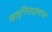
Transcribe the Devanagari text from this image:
खलुनिग्रहणाय